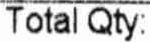
TOTAL QTY: